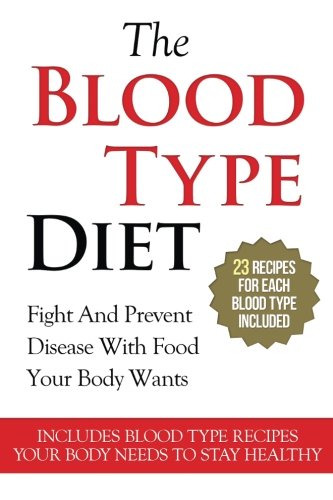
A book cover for The Blood Type Diet: 23 Recipes For Each Blood Type - Fight And Prevent Disease With Food Your Body Wants - Includes Blood Type Recipes Your Body ... A, Blood Type B, Blood Type AB) (Volume 1); A.J. Parker; Health, Fitness & Dieting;